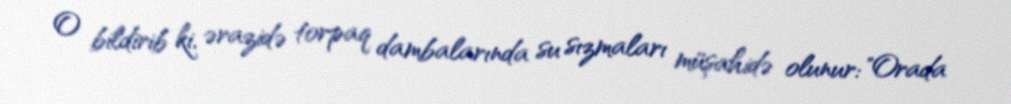
O bildirib ki, ərazidə torpaq dambalarında su sızmaları müşahidə olunur: "Orada